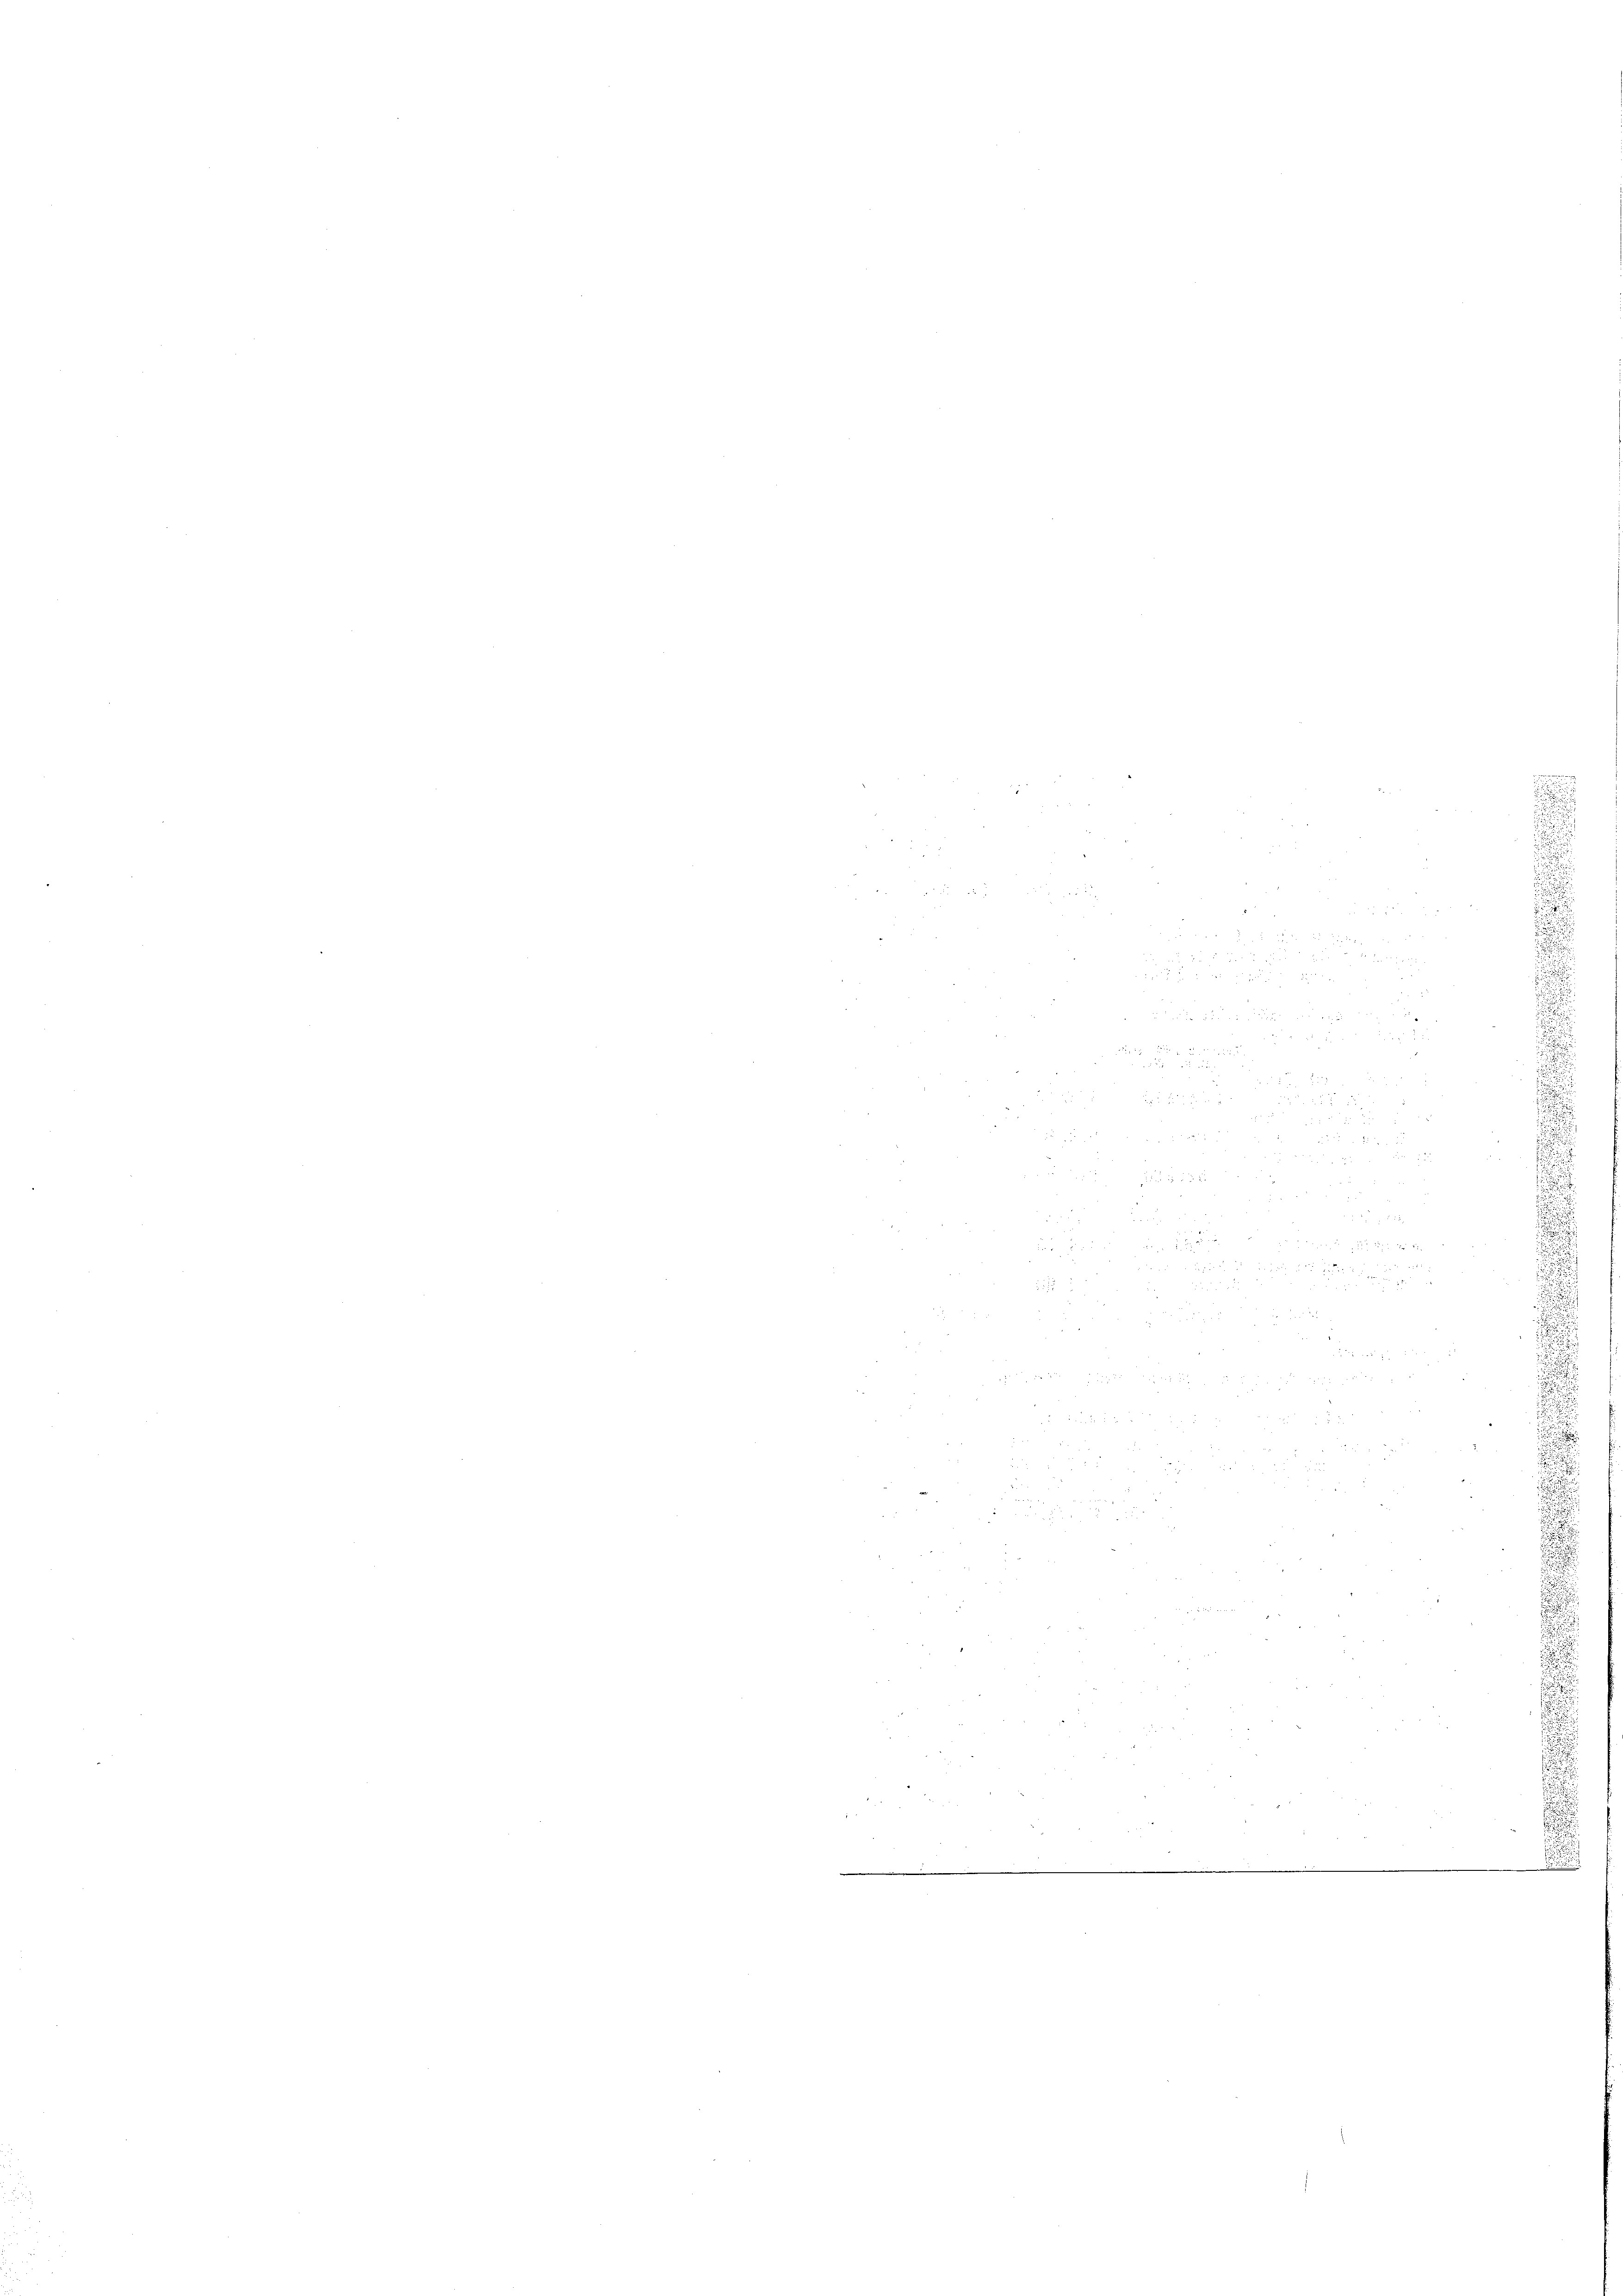
f 8 x
i
.

 22

.

.
 52 x

 51 xx
e

s

e
28 x

 xxx de

e
e
n
un de
 86 f 22

 xx

2 Fr. 1

5 xx
r

x

2